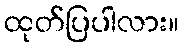
ထုတ်ပြပါလား။